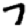
Digit: 7